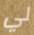
لي